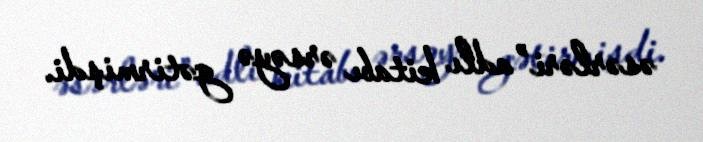
əsərləri” adlı kitabı ərsəyə gətirmişdi.